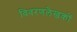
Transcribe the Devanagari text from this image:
विवरणलेखकों